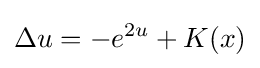
\Delta u=-e^{2u}+K(x)